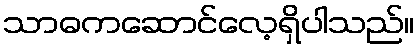
သာဓကဆောင်လေ့ရှိပါသည်။